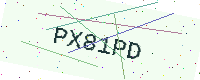
Text: PX81PD